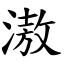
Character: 滶